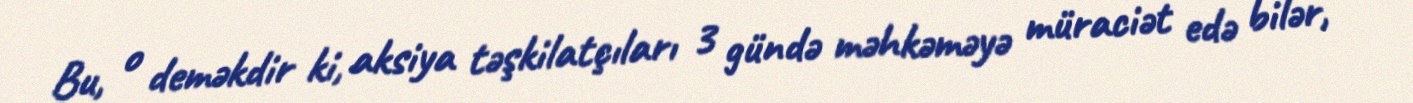
Bu, o deməkdir ki, aksiya təşkilatçıları 3 gündə məhkəməyə müraciət edə bilər,